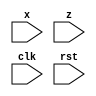
`timescale 1ns / 1ps
//////////////////////////////////////////////////////////////////////////////////
// Company: 
// Engineer: 
// 
// Design Name: 
// Module Name:    FSM5 
// Project Name: 
// Target Devices: 
// Tool versions: 
// Description: 
//
// Dependencies: 
//
// Revision: 
// Revision 0.01 - File Created
// Additional Comments: 
//
//////////////////////////////////////////////////////////////////////////////////
module FSM5(input x , z ,clk , rst);
parameter S0 = 2'b00;
parameter S1 = 2'b01;
parameter S2 = 2'b10;
parameter S3 = 2'b11;
reg [1:0]p,n;

always @(posedge clk or posedge rst)
begin
	if(rst) p = S0;
	else
		begin
			case({p})
				S0 : 
					begin
						if(!x && !z)     n = S0;
						else if(!x && z) n = S1;
						else if(x && !z) n = S2;
						else if(x && z)  n = S3;
					end
				S1 : 
					begin
						if(!x && !z)     n = S0;
						else if(!x && z) n = S1;
						else if(x && !z) n = S2;
						else if(x && z)  n = S3;
					end
				S2 : 
					begin
						if(!x && !z)     n = S0;
						else if(!x && z) n = S1;
						else if(x && !z) n = S2;
						else if(x && z)  n = S3;
					end
				S3 : 
					begin
						if(!x && !z)     n = S0;
						else if(!x && z) n = S1;
						else if(x && !z) n = S2;
						else if(x && z)  n = S3;
					end
			endcase
			p = n;
		end
	end
endmodule